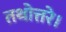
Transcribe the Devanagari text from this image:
तथोत्तरे।